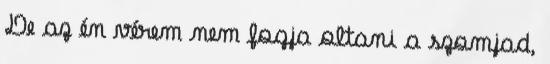
De az én vérem nem fogja oltani a szomjad,